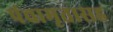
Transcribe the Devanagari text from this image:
पंचामृतासह